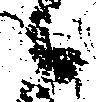
候